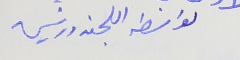
ىواسطة اللجنه ورئيسها